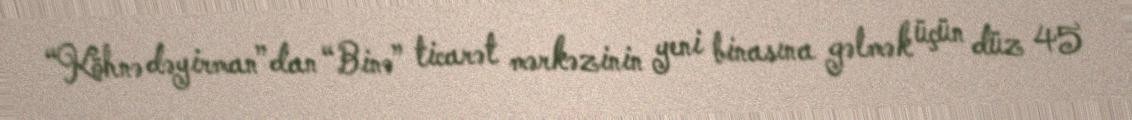
“Köhnə dəyirman”dan “Binə” ticarət mərkəzinin yeni binasına gəlmək üçün düz 45